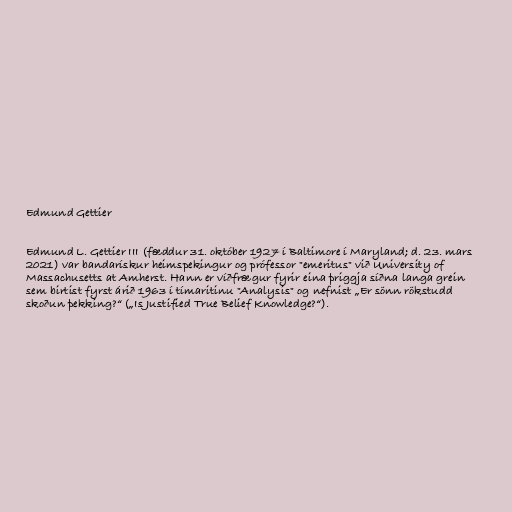
Edmund Gettier

Edmund L. Gettier III (fæddur 31. október 1927 í Baltimore í Maryland; d. 23. mars
2021) var bandarískur heimspekingur og prófessor "emeritus" við University of
Massachusetts at Amherst. Hann er víðfrægur fyrir eina þriggja síðna langa grein
sem birtist fyrst árið 1963 í tímaritinu "Analysis" og nefnist „Er sönn rökstudd
skoðun þekking?“ („Is Justified True Belief Knowledge?“).